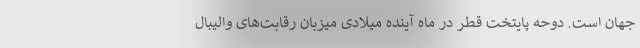
جهان است. دوحه پایتخت قطر در ماه آینده میلادی میزبان رقابت‌های والیبال